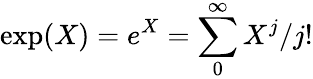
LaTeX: \displaystyle\exp(X)=e^{X}=\sum_{0}^{\infty}{X^{j}/j!}